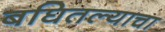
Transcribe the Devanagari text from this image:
बघितल्याचा